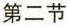
第二节